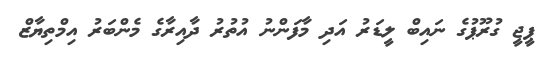
ޕީޖީ ގުރޫޕުގެ ނައިބް ލީޑަރު އަދި މާފަންނު އުތުރު ދާއިރާގެ މެންބަރު އިމްތިޔާޒް